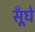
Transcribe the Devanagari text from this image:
सूँघे